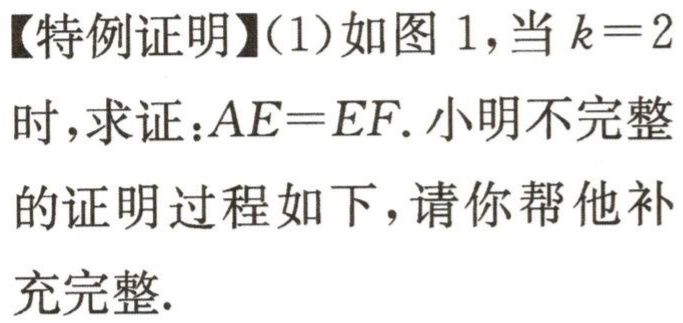
【特例证明】(1)如图 1，当\(k = 2\)时，求证：\(AE = EF\). 小明不完整的证明过程如下，请你帮他补充完整.